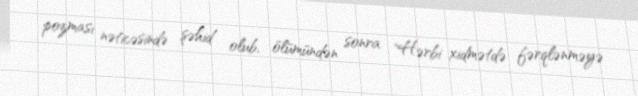
pozması nəticəsində şəhid olub, ölümündən sonra "Hərbi xidmətdə fərqlənməyə